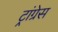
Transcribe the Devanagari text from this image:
ट्रांग्रेस